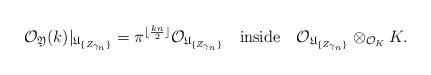
LaTeX: \begin{align*}{\mathcal O}_{\mathfrak{Y}}(k)|_{{\mathfrak U}_{\{Z_{\gamma_n}\}}}=\pi^{\lfloor\frac{kn}{2}\rfloor}{\mathcal O}_{{\mathfrak U}_{\{Z_{\gamma_n}\}}}\quad\mbox{inside}\quad{\mathcal O}_{{\mathfrak U}_{\{Z_{\gamma_n}\}}}\otimes_{{\mathcal O}_K}K.\end{align*}